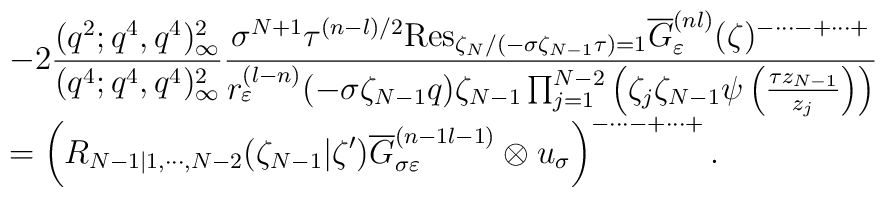
\begin{array}{cl}&\displaystyle-2\frac{(q^2;q^4,q^4)_{\infty}^2}{(q^4;q^4,q^4)_{\infty}^2}\frac{\sigma^{N+1}\tau^{(n-l)/2}{\rm Res}_{\zeta_N /(-\sigma \zeta_{N-1}\tau)=1}\overline{G}_{\varepsilon}^{(nl)} (\zeta)^{-\cdots -+\cdots +}}{r_{\varepsilon}^{(l-n)}(-\sigma \zeta_{N-1}q) \zeta_{N-1}\prod_{j=1}^{N-2}\left(\zeta_j\zeta_{N-1}\psi \left(\frac{\tau z_{N-1}}{z_j}\right) \right)} \\&=\displaystyle\left(R_{N-1|1,\cdots, N-2}(\zeta_{N-1}|\zeta')\overline{G}_{\sigma \varepsilon}^{(n-1 l-1)}\otimes u_{\sigma}\right)^{-\cdots -+\cdots +}.\end{array}